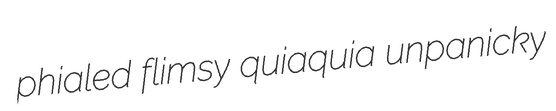
phialed flimsy quiaquia unpanicky